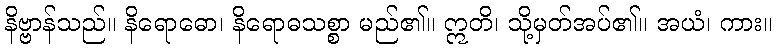
နိဗ္ဗာန်သည်။ နိရောဓော၊ နိရောဓသစ္စာ မည်၏။ ဣတိ၊ သို့မှတ်အပ်၏။ အယံ၊ ကား။